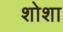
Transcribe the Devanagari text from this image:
शोशा